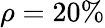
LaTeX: \rho=20\%